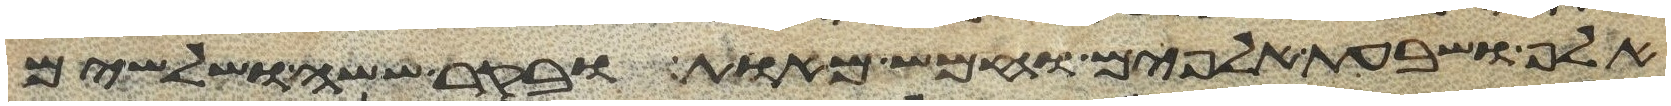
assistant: אלף ושבעת אלפים וחמש מאות ובקר ששה ושלשים